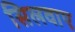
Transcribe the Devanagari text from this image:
सिलवाए